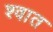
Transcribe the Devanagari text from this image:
श्वात